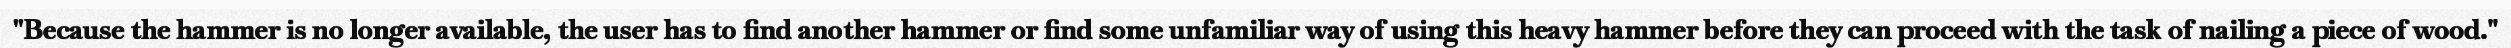
"Because the hammer is no longer available, the user has to find another hammer or find some unfamiliar way of using this heavy hammer before they can proceed with the task of nailing a piece of wood."